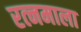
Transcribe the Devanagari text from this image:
रत्‍नमाला